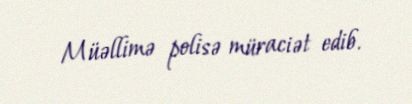
Müəllimə polisə müraciət edib.